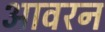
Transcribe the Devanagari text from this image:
आवरन